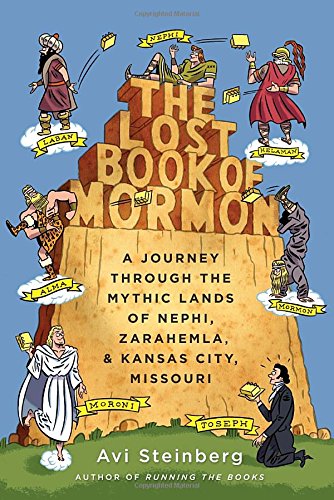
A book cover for The Lost Book of Mormon: A Journey Through the Mythic Lands of Nephi, Zarahemla, and Kansas City, Missouri; Avi Steinberg; Travel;